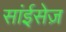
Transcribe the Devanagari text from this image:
सांईसेज़